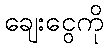
ချေးငွေကို